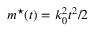
m ^ { \star } ( t ) = k _ { 0 } ^ { 2 } t ^ { 2 } / 2